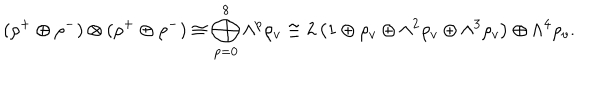
( \rho ^ { + } \oplus \rho ^ { - } ) \otimes ( \rho ^ { + } \oplus \rho ^ { - } ) \cong \bigoplus _ { p = 0 } ^ { 8 } { \wedge } ^ { p } \rho _ { v } \cong 2 \left( 1 \oplus \rho _ { v } \oplus { \wedge } ^ { 2 } \rho _ { v } \oplus { \wedge } ^ { 3 } \rho _ { v } \right) \oplus { \wedge } ^ { 4 } \rho _ { v } .